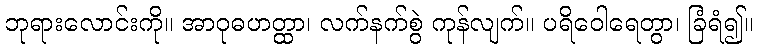
ဘုရားလောင်းကို။ အာဝုဓဟတ္ထာ၊ လက်နက်စွဲ ကုန်လျက်။ ပရိဝေါရေတွာ၊ ခြံရံ၍။